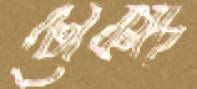
ঢোকাচ্